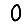
Digit: 0